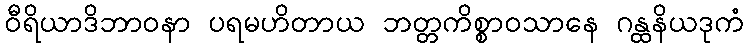
ဝီရိယာဒိဘာဝနာ ပရမဟိတာယ ဘတ္တကိစ္စာဝသာနေ ဂန္ထနိယဒုကံ